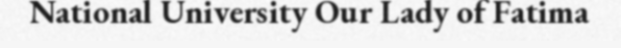
National University Our Lady of Fatima